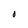
Character: 0